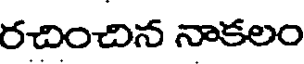
రచించిన నాకలం